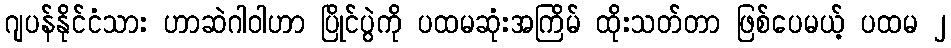
ဂျပန်နိုင်ငံသား ဟာဆဲဂါဝါဟာ ပြိုင်ပွဲကို ပထမဆုံးအကြိမ် ထိုးသတ်တာ ဖြစ်ပေမယ့် ပထမ ၂